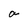
Character: a